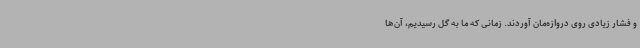
و فشار زیادی روی دروازه‌مان آوردند. زمانی که ما به گل رسیدیم، آن‌ها